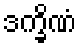
ဒက္ခိဏံ